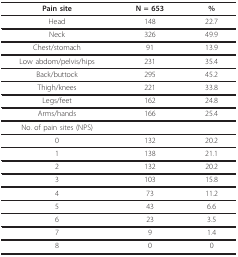
| Pain site | N = 653 | % |
 | --- | --- | --- |
 | Head | 148 | 22.7 |
 | Neck | 326 | 49.9 |
 | Chest/stomach | 91 | 13.9 |
 | Low abdom/pelvis/hips | 231 | 35.4 |
 | Back/buttock | 295 | 45.2 |
 | Thigh/knees | 221 | 33.8 |
 | Legs/feet | 162 | 24.8 |
 | Arms/hands | 166 | 25.4 |
 | No. of pain sites (NPS) |  |  |
 | 0 | 132 | 20.2 |
 | 1 | 138 | 21.1 |
 | 2 | 132 | 20.2 |
 | 3 | 103 | 15.8 |
 | 4 | 73 | 11.2 |
 | 5 | 43 | 6.6 |
 | 6 | 23 | 3.5 |
 | 7 | 9 | 1.4 |
 | 8 | 0 | 0 |